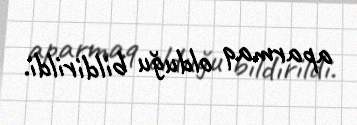
aparmaq olduğu bildirildi.